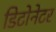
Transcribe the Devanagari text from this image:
डिटोनेटर